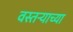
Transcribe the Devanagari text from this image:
वस्तऱ्याच्या